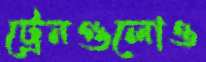
ট্রেনগুলোও